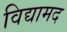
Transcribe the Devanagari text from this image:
विद्यामद